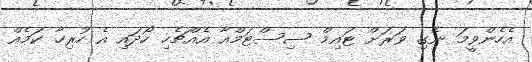
އެހެންވީމަ ނެގި ވަރަށް ޓައިމް ސިސްޓަމްއާ އެއްޗެހި ހޯދައި އެ ހުރިހާ ކަމެއް